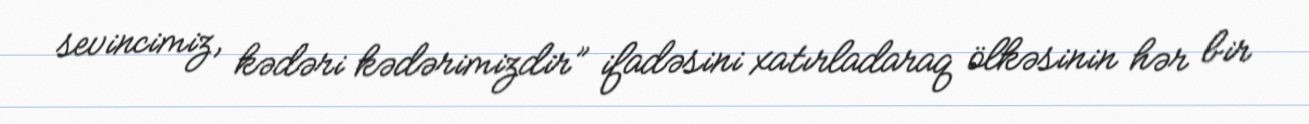
sevincimiz, kədəri kədərimizdir” ifadəsini xatırladaraq ölkəsinin hər bir